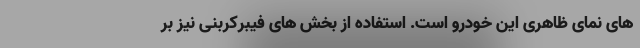
های نمای ظاهری این خودرو است. استفاده از بخش های فیبرکربنی نیز بر